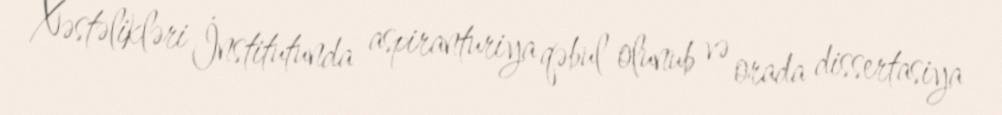
Xəstəlikləri İnstitutunda aspiranturiya qəbul olunub və orada dissertasiya